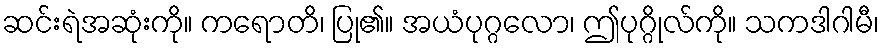
ဆင်းရဲအဆုံးကို။ ကရောတိ၊ ပြု၏။ အယံပုဂ္ဂလော၊ ဤပုဂ္ဂိုလ်ကို။ သကဒါဂါမီ၊